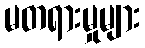
မတရားမှုများ